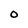
Character: O